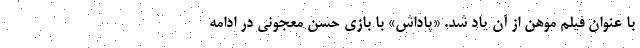
با عنوان فیلم موهن از آن یاد شد. «پاداش» با بازی حسن معجونی در ادامه